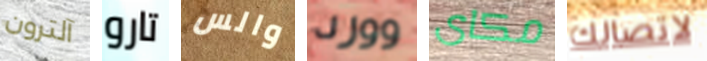
آلترون تارو والس وورد مكاى لاتصالك